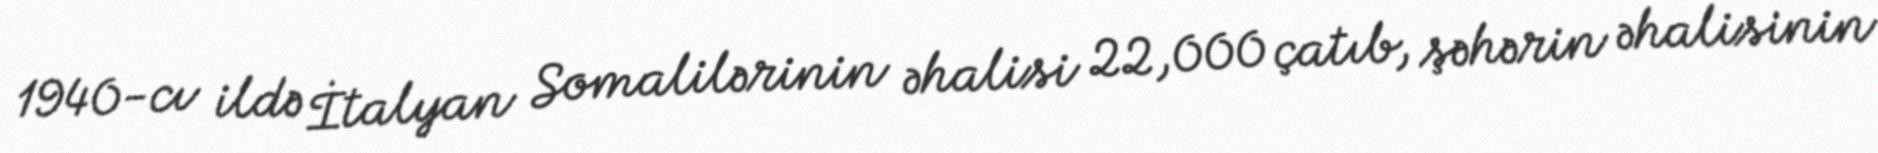
1940-cı ildə İtalyan Somalilərinin əhalisi 22,000 çatıb, şəhərin əhalisinin